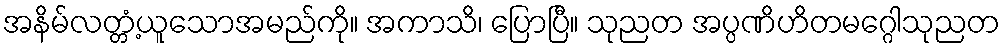
အနိမ်လတ္တံ့ယူသောအမည်ကို။ အကာသိ၊ ပြောပြီ။ သုညတ အပ္ပဏိဟိတမဂ္ဂေါသုညတ